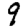
Digit: 9